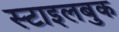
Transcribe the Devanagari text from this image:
स्टाइलबुक